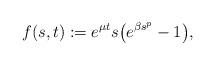
LaTeX: \begin{align*}f(s, t) := e^{\mu t}s\big( e^{\beta s^{p}}-1\big),\end{align*}